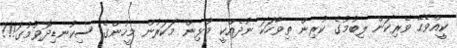
ކީއްވެހޭ ވެރިކަން ލިބުމުގެ ކުރިން ތިވާހަކަ ނުދެއްކީ މުޅިން މަކަރުން މީހުންގެ ސިކުނޑިދޮވުމުގަ!!!